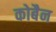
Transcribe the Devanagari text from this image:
कोबैन